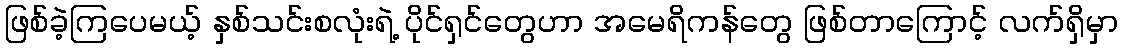
ဖြစ်ခဲ့ကြပေမယ့် နှစ်သင်းစလုံးရဲ့ ပိုင်ရှင်တွေဟာ အမေရိကန်တွေ ဖြစ်တာကြောင့် လက်ရှိမှာ